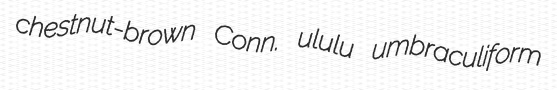
chestnut-brown Conn. ululu umbraculiform